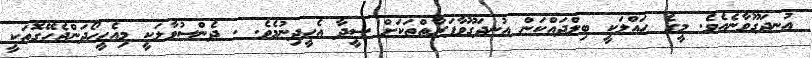
އުނދަގޫވާނެއެވެ. މީގެ ހައްލަކީ ބިލްދައްކަން އުނދަގޫވާފަރާތްތަކަށް ސީދާ އެހީދިނުމެވެ. . ދެންސުވާލަކީ މިއެހީހޯދަންޖެހޭގޮތަކީ